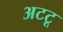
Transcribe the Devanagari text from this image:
अटटू